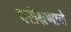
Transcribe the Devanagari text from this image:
परीक्षणाने